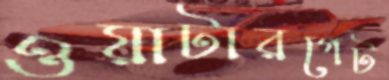
ওয়াটারগেট